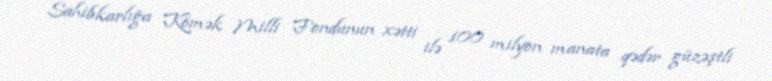
Sahibkarlığa Kömək Milli Fondunun xətti ilə 100 milyon manata qədər güzəştli